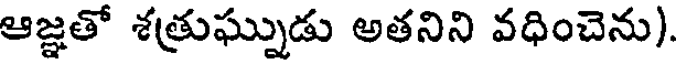
ఆజ్ఞతో శత్రుఘ్నుడు అతనిని వధించెను).